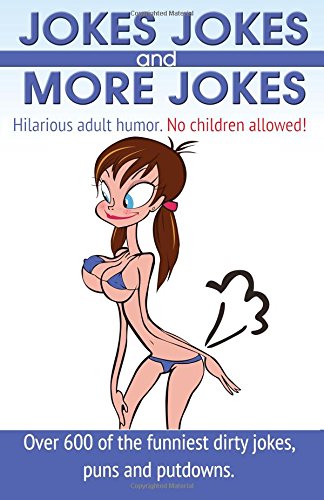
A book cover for Jokes, Jokes and More Jokes: Hilarious Adult Humor with Over 600 of the Funniest Dirty Jokes, Puns and Putdowns; Joke Star Funny Bones Mr.; Humor & Entertainment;